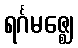
ရင်္ဂမဇ္ဈေ